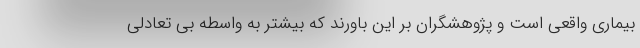
بیماری واقعی است و پژوهشگران بر این باورند که بیشتر به واسطه بی تعادلی